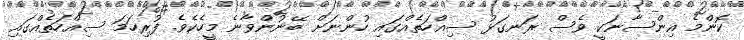
ކޮންމެ އިންސާނަކީ ވެސް ރަނގަޅު ސިއްހަތެއްގައި ހުންނަށް ބޭނުންވާނެ މީހެކެވެ. ފުރިހަމަ ސިއްހަތެއްގައި